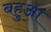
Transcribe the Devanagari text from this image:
बहुआ